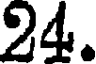
24.